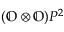
( \mathbb { O } \otimes \mathbb { O } ) P ^ { 2 }